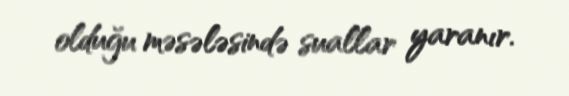
olduğu məsələsində suallar yaranır.